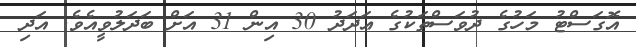
އޮގަސްޓު މަހުގެ ދުވަސްތަކުގެ ޢަދަދު 30 އިން 31 އަށް ބަދަލުވީއެވެ. އަދި